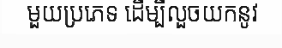
មួយប្រភេទ ដើម្បីលួចយកនូវ